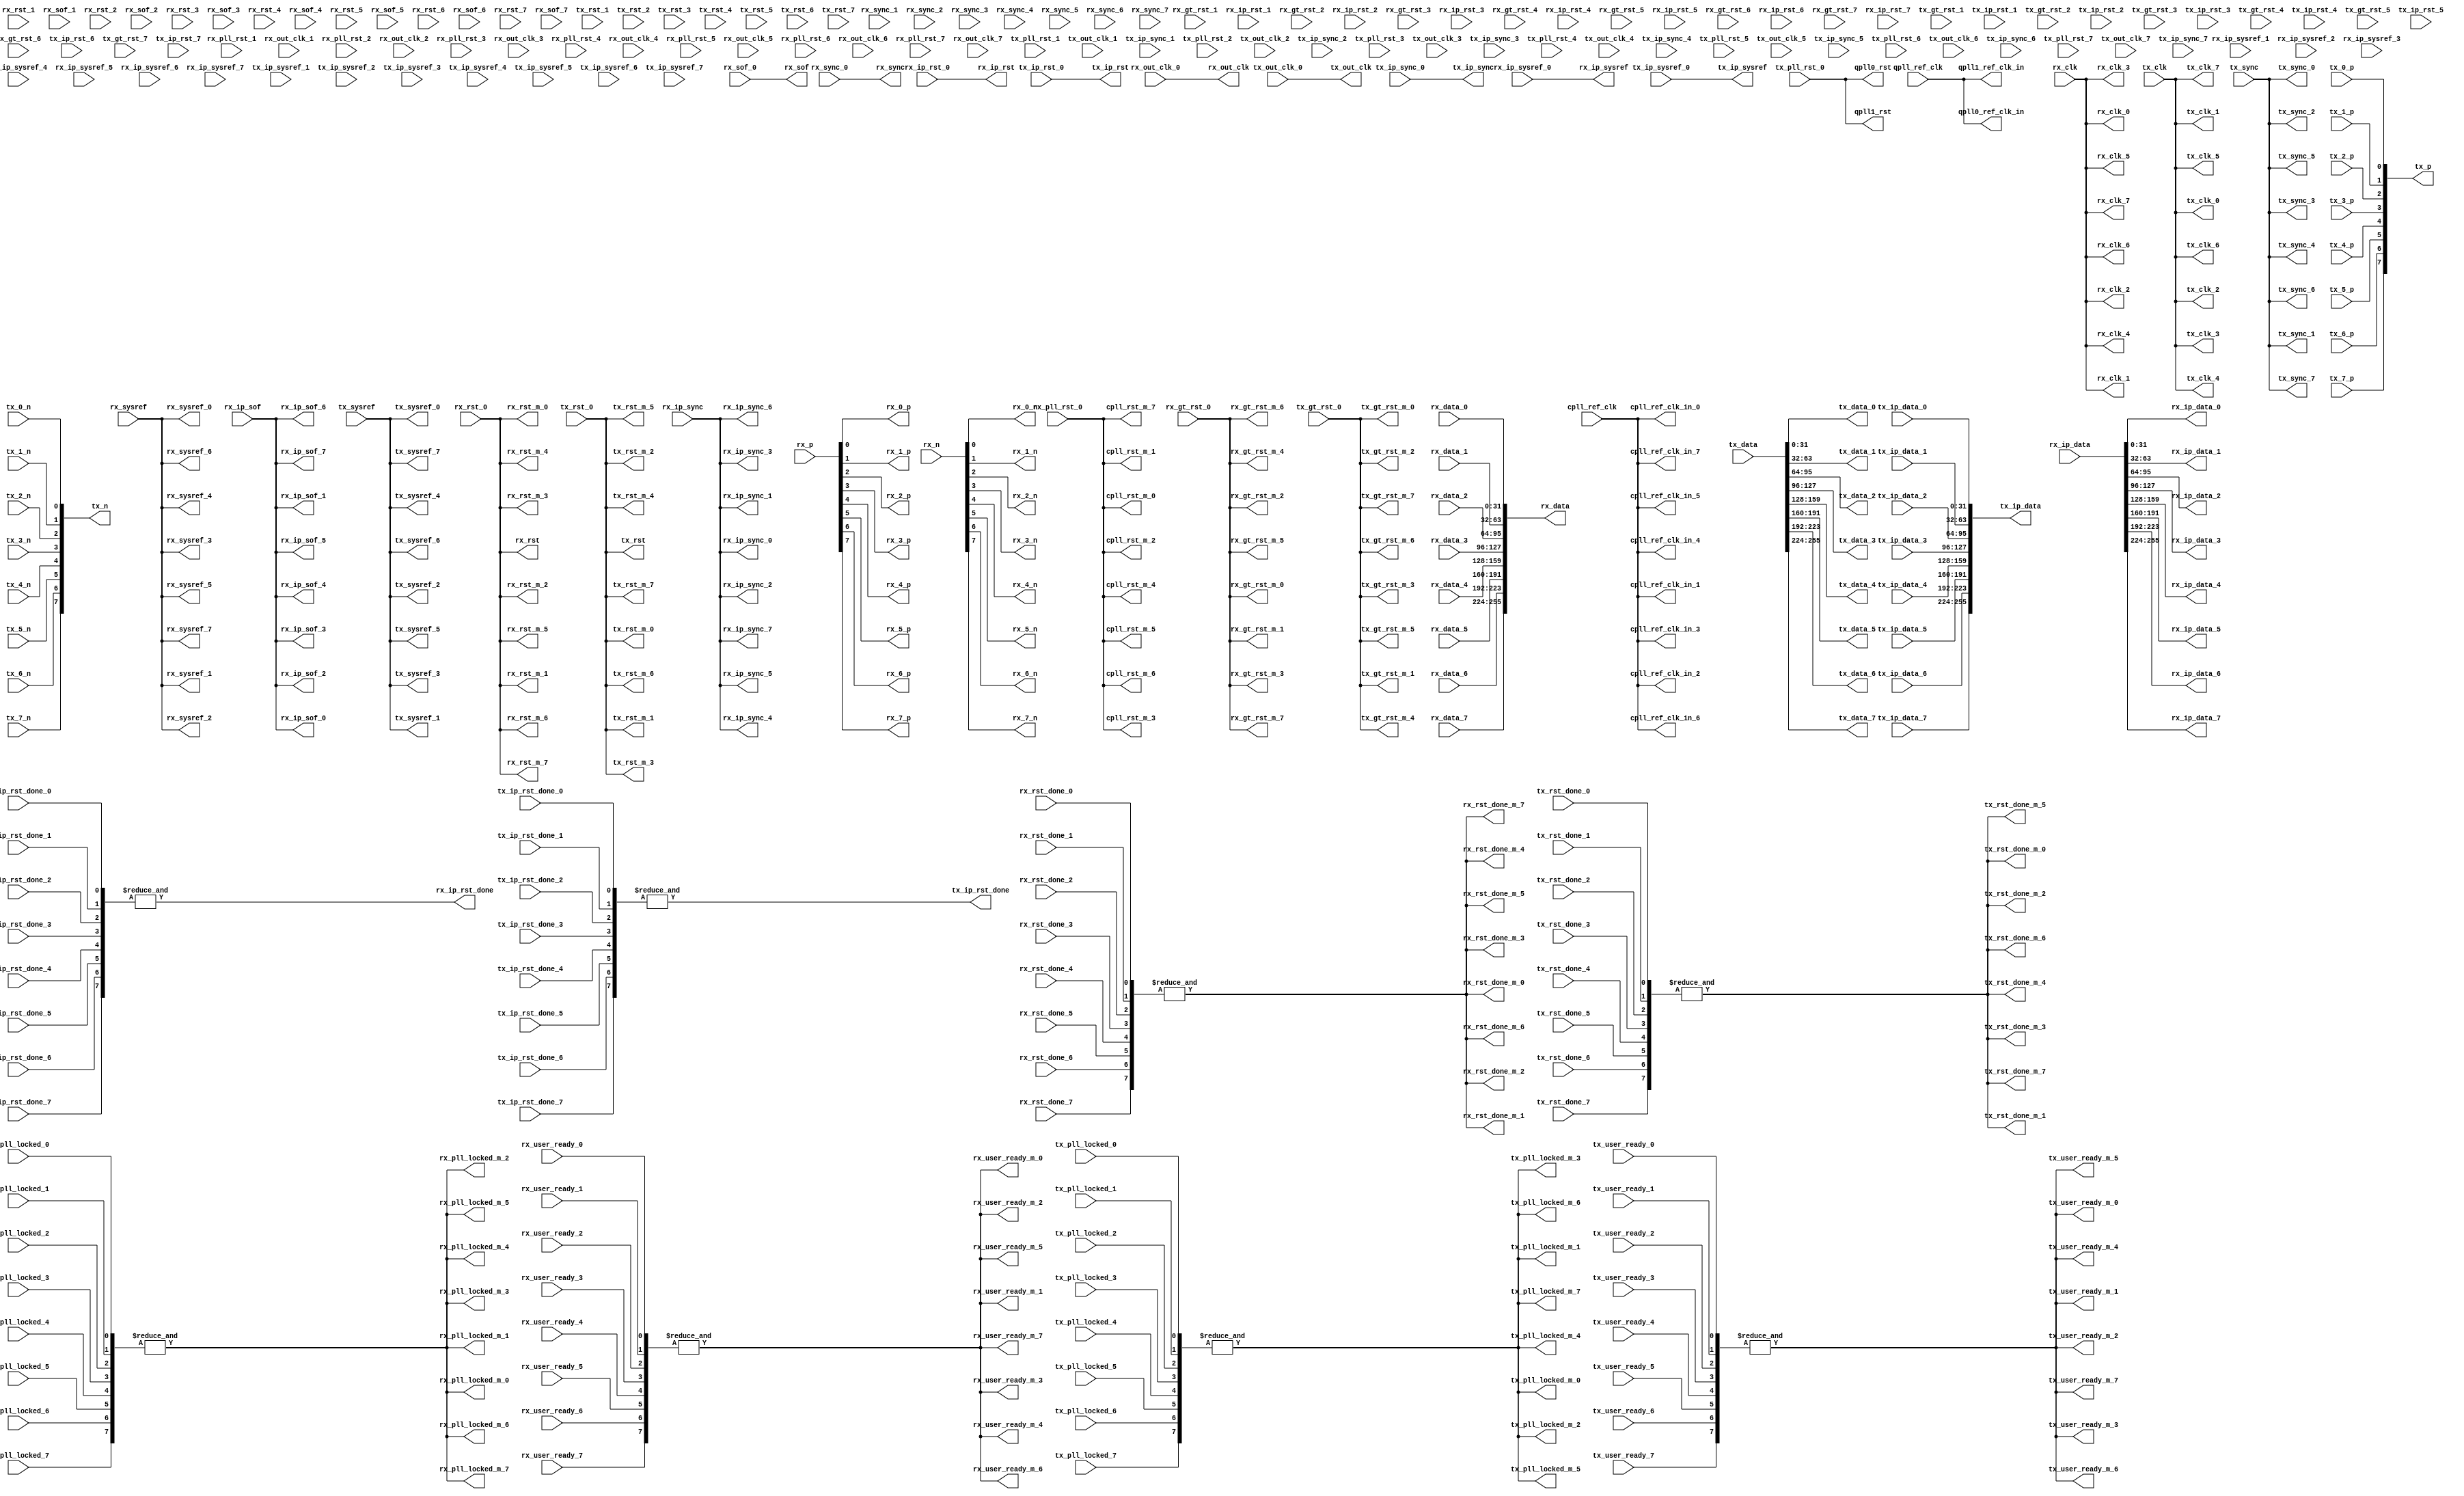
// ***************************************************************************
// ***************************************************************************
// Copyright 2011(c) Analog Devices, Inc.
// 
// All rights reserved.
// 
// Redistribution and use in source and binary forms, with or without modification,
// are permitted provided that the following conditions are met:
//     - Redistributions of source code must retain the above copyright
//       notice, this list of conditions and the following disclaimer.
//     - Redistributions in binary form must reproduce the above copyright
//       notice, this list of conditions and the following disclaimer in
//       the documentation and/or other materials provided with the
//       distribution.
//     - Neither the name of Analog Devices, Inc. nor the names of its
//       contributors may be used to endorse or promote products derived
//       from this software without specific prior written permission.
//     - The use of this software may or may not infringe the patent rights
//       of one or more patent holders.  This license does not release you
//       from the requirement that you obtain separate licenses from these
//       patent holders to use this software.
//     - Use of the software either in source or binary form, must be run
//       on or directly connected to an Analog Devices Inc. component.
//    
// THIS SOFTWARE IS PROVIDED BY ANALOG DEVICES "AS IS" AND ANY EXPRESS OR IMPLIED WARRANTIES,
// INCLUDING, BUT NOT LIMITED TO, NON-INFRINGEMENT, MERCHANTABILITY AND FITNESS FOR A
// PARTICULAR PURPOSE ARE DISCLAIMED.
//
// IN NO EVENT SHALL ANALOG DEVICES BE LIABLE FOR ANY DIRECT, INDIRECT, INCIDENTAL, SPECIAL,
// EXEMPLARY, OR CONSEQUENTIAL DAMAGES (INCLUDING, BUT NOT LIMITED TO, INTELLECTUAL PROPERTY
// RIGHTS, PROCUREMENT OF SUBSTITUTE GOODS OR SERVICES; LOSS OF USE, DATA, OR PROFITS; OR 
// BUSINESS INTERRUPTION) HOWEVER CAUSED AND ON ANY THEORY OF LIABILITY, WHETHER IN CONTRACT,
// STRICT LIABILITY, OR TORT (INCLUDING NEGLIGENCE OR OTHERWISE) ARISING IN ANY WAY OUT OF 
// THE USE OF THIS SOFTWARE, EVEN IF ADVISED OF THE POSSIBILITY OF SUCH DAMAGE.
// ***************************************************************************
// ***************************************************************************

`timescale 1ns/100ps

module util_jesd_gt #(

  parameter   integer QPLL0_ENABLE = 1,
  parameter   integer QPLL1_ENABLE = 1,
  parameter   integer QPLL_TX_OR_RX_N = 1,
  parameter   integer CPLL_TX_OR_RX_N = 0,
  parameter   integer NUM_OF_LANES = 8,
  parameter   integer RX_ENABLE = 1,
  parameter   integer RX_NUM_OF_LANES = 8,
  parameter   integer TX_ENABLE = 1,
  parameter   integer TX_NUM_OF_LANES = 8)

 (

  // pll clocks & resets

  input                                       qpll_ref_clk,
  input                                       cpll_ref_clk,

  output                                      qpll0_rst,
  output                                      qpll0_ref_clk_in,
  output                                      qpll1_rst,
  output                                      qpll1_ref_clk_in,

  output                                      cpll_rst_m_0,
  output                                      cpll_ref_clk_in_0,
  output                                      cpll_rst_m_1,
  output                                      cpll_ref_clk_in_1,
  output                                      cpll_rst_m_2,
  output                                      cpll_ref_clk_in_2,
  output                                      cpll_rst_m_3,
  output                                      cpll_ref_clk_in_3,
  output                                      cpll_rst_m_4,
  output                                      cpll_ref_clk_in_4,
  output                                      cpll_rst_m_5,
  output                                      cpll_ref_clk_in_5,
  output                                      cpll_rst_m_6,
  output                                      cpll_ref_clk_in_6,
  output                                      cpll_rst_m_7,
  output                                      cpll_ref_clk_in_7,

  // channel interface (rx)
  
  input   [((RX_NUM_OF_LANES* 1)-1):0]        rx_p,
  input   [((RX_NUM_OF_LANES* 1)-1):0]        rx_n,
  input                                       rx_sysref,
  output                                      rx_sync,

  output                                      rx_out_clk,
  input                                       rx_clk,
  output                                      rx_rst,
  output                                      rx_sof,
  output  [((RX_NUM_OF_LANES*32)-1):0]        rx_data,

  output                                      rx_ip_rst,
  output                                      rx_ip_rst_done,
  output                                      rx_ip_sysref,
  input                                       rx_ip_sync,
  input   [  3:0]                             rx_ip_sof,
  input   [((RX_NUM_OF_LANES*32)-1):0]        rx_ip_data,

  output                                      rx_0_p,
  output                                      rx_0_n,
  input                                       rx_rst_0,
  output                                      rx_rst_m_0,
  input                                       rx_pll_rst_0,
  input                                       rx_gt_rst_0,
  output                                      rx_gt_rst_m_0,
  input                                       rx_pll_locked_0,
  output                                      rx_pll_locked_m_0,
  input                                       rx_user_ready_0,
  output                                      rx_user_ready_m_0,
  input                                       rx_rst_done_0,
  output                                      rx_rst_done_m_0,
  input                                       rx_out_clk_0,
  output                                      rx_clk_0,
  output                                      rx_sysref_0,
  input                                       rx_sync_0,
  input                                       rx_sof_0,
  input   [31:0]                              rx_data_0,
  input                                       rx_ip_rst_0,
  output  [ 3:0]                              rx_ip_sof_0,
  output  [31:0]                              rx_ip_data_0,
  input                                       rx_ip_sysref_0,
  output                                      rx_ip_sync_0,
  input                                       rx_ip_rst_done_0,

  output                                      rx_1_p,
  output                                      rx_1_n,
  input                                       rx_rst_1,
  output                                      rx_rst_m_1,
  input                                       rx_pll_rst_1,
  input                                       rx_gt_rst_1,
  output                                      rx_gt_rst_m_1,
  input                                       rx_pll_locked_1,
  output                                      rx_pll_locked_m_1,
  input                                       rx_user_ready_1,
  output                                      rx_user_ready_m_1,
  input                                       rx_rst_done_1,
  output                                      rx_rst_done_m_1,
  input                                       rx_out_clk_1,
  output                                      rx_clk_1,
  output                                      rx_sysref_1,
  input                                       rx_sync_1,
  input                                       rx_sof_1,
  input   [31:0]                              rx_data_1,
  input                                       rx_ip_rst_1,
  output  [ 3:0]                              rx_ip_sof_1,
  output  [31:0]                              rx_ip_data_1,
  input                                       rx_ip_sysref_1,
  output                                      rx_ip_sync_1,
  input                                       rx_ip_rst_done_1,

  output                                      rx_2_p,
  output                                      rx_2_n,
  input                                       rx_rst_2,
  output                                      rx_rst_m_2,
  input                                       rx_pll_rst_2,
  input                                       rx_gt_rst_2,
  output                                      rx_gt_rst_m_2,
  input                                       rx_pll_locked_2,
  output                                      rx_pll_locked_m_2,
  input                                       rx_user_ready_2,
  output                                      rx_user_ready_m_2,
  input                                       rx_rst_done_2,
  output                                      rx_rst_done_m_2,
  input                                       rx_out_clk_2,
  output                                      rx_clk_2,
  output                                      rx_sysref_2,
  input                                       rx_sync_2,
  input                                       rx_sof_2,
  input   [31:0]                              rx_data_2,
  input                                       rx_ip_rst_2,
  output  [ 3:0]                              rx_ip_sof_2,
  output  [31:0]                              rx_ip_data_2,
  input                                       rx_ip_sysref_2,
  output                                      rx_ip_sync_2,
  input                                       rx_ip_rst_done_2,

  output                                      rx_3_p,
  output                                      rx_3_n,
  input                                       rx_rst_3,
  output                                      rx_rst_m_3,
  input                                       rx_pll_rst_3,
  input                                       rx_gt_rst_3,
  output                                      rx_gt_rst_m_3,
  input                                       rx_pll_locked_3,
  output                                      rx_pll_locked_m_3,
  input                                       rx_user_ready_3,
  output                                      rx_user_ready_m_3,
  input                                       rx_rst_done_3,
  output                                      rx_rst_done_m_3,
  input                                       rx_out_clk_3,
  output                                      rx_clk_3,
  output                                      rx_sysref_3,
  input                                       rx_sync_3,
  input                                       rx_sof_3,
  input   [31:0]                              rx_data_3,
  input                                       rx_ip_rst_3,
  output  [ 3:0]                              rx_ip_sof_3,
  output  [31:0]                              rx_ip_data_3,
  input                                       rx_ip_sysref_3,
  output                                      rx_ip_sync_3,
  input                                       rx_ip_rst_done_3,

  output                                      rx_4_p,
  output                                      rx_4_n,
  input                                       rx_rst_4,
  output                                      rx_rst_m_4,
  input                                       rx_pll_rst_4,
  input                                       rx_gt_rst_4,
  output                                      rx_gt_rst_m_4,
  input                                       rx_pll_locked_4,
  output                                      rx_pll_locked_m_4,
  input                                       rx_user_ready_4,
  output                                      rx_user_ready_m_4,
  input                                       rx_rst_done_4,
  output                                      rx_rst_done_m_4,
  input                                       rx_out_clk_4,
  output                                      rx_clk_4,
  output                                      rx_sysref_4,
  input                                       rx_sync_4,
  input                                       rx_sof_4,
  input   [31:0]                              rx_data_4,
  input                                       rx_ip_rst_4,
  output  [ 3:0]                              rx_ip_sof_4,
  output  [31:0]                              rx_ip_data_4,
  input                                       rx_ip_sysref_4,
  output                                      rx_ip_sync_4,
  input                                       rx_ip_rst_done_4,

  output                                      rx_5_p,
  output                                      rx_5_n,
  input                                       rx_rst_5,
  output                                      rx_rst_m_5,
  input                                       rx_pll_rst_5,
  input                                       rx_gt_rst_5,
  output                                      rx_gt_rst_m_5,
  input                                       rx_pll_locked_5,
  output                                      rx_pll_locked_m_5,
  input                                       rx_user_ready_5,
  output                                      rx_user_ready_m_5,
  input                                       rx_rst_done_5,
  output                                      rx_rst_done_m_5,
  input                                       rx_out_clk_5,
  output                                      rx_clk_5,
  output                                      rx_sysref_5,
  input                                       rx_sync_5,
  input                                       rx_sof_5,
  input   [31:0]                              rx_data_5,
  input                                       rx_ip_rst_5,
  output  [ 3:0]                              rx_ip_sof_5,
  output  [31:0]                              rx_ip_data_5,
  input                                       rx_ip_sysref_5,
  output                                      rx_ip_sync_5,
  input                                       rx_ip_rst_done_5,

  output                                      rx_6_p,
  output                                      rx_6_n,
  input                                       rx_rst_6,
  output                                      rx_rst_m_6,
  input                                       rx_pll_rst_6,
  input                                       rx_gt_rst_6,
  output                                      rx_gt_rst_m_6,
  input                                       rx_pll_locked_6,
  output                                      rx_pll_locked_m_6,
  input                                       rx_user_ready_6,
  output                                      rx_user_ready_m_6,
  input                                       rx_rst_done_6,
  output                                      rx_rst_done_m_6,
  input                                       rx_out_clk_6,
  output                                      rx_clk_6,
  output                                      rx_sysref_6,
  input                                       rx_sync_6,
  input                                       rx_sof_6,
  input   [31:0]                              rx_data_6,
  input                                       rx_ip_rst_6,
  output  [ 3:0]                              rx_ip_sof_6,
  output  [31:0]                              rx_ip_data_6,
  input                                       rx_ip_sysref_6,
  output                                      rx_ip_sync_6,
  input                                       rx_ip_rst_done_6,

  output                                      rx_7_p,
  output                                      rx_7_n,
  input                                       rx_rst_7,
  output                                      rx_rst_m_7,
  input                                       rx_pll_rst_7,
  input                                       rx_gt_rst_7,
  output                                      rx_gt_rst_m_7,
  input                                       rx_pll_locked_7,
  output                                      rx_pll_locked_m_7,
  input                                       rx_user_ready_7,
  output                                      rx_user_ready_m_7,
  input                                       rx_rst_done_7,
  output                                      rx_rst_done_m_7,
  input                                       rx_out_clk_7,
  output                                      rx_clk_7,
  output                                      rx_sysref_7,
  input                                       rx_sync_7,
  input                                       rx_sof_7,
  input   [31:0]                              rx_data_7,
  input                                       rx_ip_rst_7,
  output  [ 3:0]                              rx_ip_sof_7,
  output  [31:0]                              rx_ip_data_7,
  input                                       rx_ip_sysref_7,
  output                                      rx_ip_sync_7,
  input                                       rx_ip_rst_done_7,

  // channel interface (tx)

  output  [((TX_NUM_OF_LANES* 1)-1):0]        tx_p,
  output  [((TX_NUM_OF_LANES* 1)-1):0]        tx_n,
  input                                       tx_sysref,
  input                                       tx_sync,

  output                                      tx_out_clk,
  input                                       tx_clk,
  output                                      tx_rst,
  input   [((TX_NUM_OF_LANES*32)-1):0]        tx_data,

  output                                      tx_ip_rst,
  output                                      tx_ip_rst_done,
  output                                      tx_ip_sysref,
  output                                      tx_ip_sync,
  output  [((TX_NUM_OF_LANES*32)-1):0]        tx_ip_data,

  input                                       tx_0_p,
  input                                       tx_0_n,
  input                                       tx_rst_0,
  output                                      tx_rst_m_0,
  input                                       tx_pll_rst_0,
  input                                       tx_gt_rst_0,
  output                                      tx_gt_rst_m_0,
  input                                       tx_pll_locked_0,
  output                                      tx_pll_locked_m_0,
  input                                       tx_user_ready_0,
  output                                      tx_user_ready_m_0,
  input                                       tx_rst_done_0,
  output                                      tx_rst_done_m_0,
  input                                       tx_out_clk_0,
  output                                      tx_clk_0,
  output                                      tx_sysref_0,
  output                                      tx_sync_0,
  output  [31:0]                              tx_data_0,
  input                                       tx_ip_rst_0,
  input   [31:0]                              tx_ip_data_0,
  input                                       tx_ip_sysref_0,
  input                                       tx_ip_sync_0,
  input                                       tx_ip_rst_done_0,

  input                                       tx_1_p,
  input                                       tx_1_n,
  input                                       tx_rst_1,
  output                                      tx_rst_m_1,
  input                                       tx_pll_rst_1,
  input                                       tx_gt_rst_1,
  output                                      tx_gt_rst_m_1,
  input                                       tx_pll_locked_1,
  output                                      tx_pll_locked_m_1,
  input                                       tx_user_ready_1,
  output                                      tx_user_ready_m_1,
  input                                       tx_rst_done_1,
  output                                      tx_rst_done_m_1,
  input                                       tx_out_clk_1,
  output                                      tx_clk_1,
  output                                      tx_sysref_1,
  output                                      tx_sync_1,
  output  [31:0]                              tx_data_1,
  input                                       tx_ip_rst_1,
  input   [31:0]                              tx_ip_data_1,
  input                                       tx_ip_sysref_1,
  input                                       tx_ip_sync_1,
  input                                       tx_ip_rst_done_1,

  input                                       tx_2_p,
  input                                       tx_2_n,
  input                                       tx_rst_2,
  output                                      tx_rst_m_2,
  input                                       tx_pll_rst_2,
  input                                       tx_gt_rst_2,
  output                                      tx_gt_rst_m_2,
  input                                       tx_pll_locked_2,
  output                                      tx_pll_locked_m_2,
  input                                       tx_user_ready_2,
  output                                      tx_user_ready_m_2,
  input                                       tx_rst_done_2,
  output                                      tx_rst_done_m_2,
  input                                       tx_out_clk_2,
  output                                      tx_clk_2,
  output                                      tx_sysref_2,
  output                                      tx_sync_2,
  output  [31:0]                              tx_data_2,
  input                                       tx_ip_rst_2,
  input   [31:0]                              tx_ip_data_2,
  input                                       tx_ip_sysref_2,
  input                                       tx_ip_sync_2,
  input                                       tx_ip_rst_done_2,

  input                                       tx_3_p,
  input                                       tx_3_n,
  input                                       tx_rst_3,
  output                                      tx_rst_m_3,
  input                                       tx_pll_rst_3,
  input                                       tx_gt_rst_3,
  output                                      tx_gt_rst_m_3,
  input                                       tx_pll_locked_3,
  output                                      tx_pll_locked_m_3,
  input                                       tx_user_ready_3,
  output                                      tx_user_ready_m_3,
  input                                       tx_rst_done_3,
  output                                      tx_rst_done_m_3,
  input                                       tx_out_clk_3,
  output                                      tx_clk_3,
  output                                      tx_sysref_3,
  output                                      tx_sync_3,
  output  [31:0]                              tx_data_3,
  input                                       tx_ip_rst_3,
  input   [31:0]                              tx_ip_data_3,
  input                                       tx_ip_sysref_3,
  input                                       tx_ip_sync_3,
  input                                       tx_ip_rst_done_3,

  input                                       tx_4_p,
  input                                       tx_4_n,
  input                                       tx_rst_4,
  output                                      tx_rst_m_4,
  input                                       tx_pll_rst_4,
  input                                       tx_gt_rst_4,
  output                                      tx_gt_rst_m_4,
  input                                       tx_pll_locked_4,
  output                                      tx_pll_locked_m_4,
  input                                       tx_user_ready_4,
  output                                      tx_user_ready_m_4,
  input                                       tx_rst_done_4,
  output                                      tx_rst_done_m_4,
  input                                       tx_out_clk_4,
  output                                      tx_clk_4,
  output                                      tx_sysref_4,
  output                                      tx_sync_4,
  output  [31:0]                              tx_data_4,
  input                                       tx_ip_rst_4,
  input   [31:0]                              tx_ip_data_4,
  input                                       tx_ip_sysref_4,
  input                                       tx_ip_sync_4,
  input                                       tx_ip_rst_done_4,

  input                                       tx_5_p,
  input                                       tx_5_n,
  input                                       tx_rst_5,
  output                                      tx_rst_m_5,
  input                                       tx_pll_rst_5,
  input                                       tx_gt_rst_5,
  output                                      tx_gt_rst_m_5,
  input                                       tx_pll_locked_5,
  output                                      tx_pll_locked_m_5,
  input                                       tx_user_ready_5,
  output                                      tx_user_ready_m_5,
  input                                       tx_rst_done_5,
  output                                      tx_rst_done_m_5,
  input                                       tx_out_clk_5,
  output                                      tx_clk_5,
  output                                      tx_sysref_5,
  output                                      tx_sync_5,
  output  [31:0]                              tx_data_5,
  input                                       tx_ip_rst_5,
  input   [31:0]                              tx_ip_data_5,
  input                                       tx_ip_sysref_5,
  input                                       tx_ip_sync_5,
  input                                       tx_ip_rst_done_5,

  input                                       tx_6_p,
  input                                       tx_6_n,
  input                                       tx_rst_6,
  output                                      tx_rst_m_6,
  input                                       tx_pll_rst_6,
  input                                       tx_gt_rst_6,
  output                                      tx_gt_rst_m_6,
  input                                       tx_pll_locked_6,
  output                                      tx_pll_locked_m_6,
  input                                       tx_user_ready_6,
  output                                      tx_user_ready_m_6,
  input                                       tx_rst_done_6,
  output                                      tx_rst_done_m_6,
  input                                       tx_out_clk_6,
  output                                      tx_clk_6,
  output                                      tx_sysref_6,
  output                                      tx_sync_6,
  output  [31:0]                              tx_data_6,
  input                                       tx_ip_rst_6,
  input   [31:0]                              tx_ip_data_6,
  input                                       tx_ip_sysref_6,
  input                                       tx_ip_sync_6,
  input                                       tx_ip_rst_done_6,

  input                                       tx_7_p,
  input                                       tx_7_n,
  input                                       tx_rst_7,
  output                                      tx_rst_m_7,
  input                                       tx_pll_rst_7,
  input                                       tx_gt_rst_7,
  output                                      tx_gt_rst_m_7,
  input                                       tx_pll_locked_7,
  output                                      tx_pll_locked_m_7,
  input                                       tx_user_ready_7,
  output                                      tx_user_ready_m_7,
  input                                       tx_rst_done_7,
  output                                      tx_rst_done_m_7,
  input                                       tx_out_clk_7,
  output                                      tx_clk_7,
  output                                      tx_sysref_7,
  output                                      tx_sync_7,
  output  [31:0]                              tx_data_7,
  input                                       tx_ip_rst_7,
  input   [31:0]                              tx_ip_data_7,
  input                                       tx_ip_sysref_7,
  input                                       tx_ip_sync_7,
  input                                       tx_ip_rst_done_7);

  // internal signals

  wire    [(( 1*8)-1):0]                      rx_all_p;
  wire    [(( 1*8)-1):0]                      rx_all_n;
  wire    [(( 1*8)-1):0]                      rx_pll_locked_all;
  wire    [(( 1*8)-1):0]                      rx_user_ready_all;
  wire    [(( 1*8)-1):0]                      rx_rst_done_all;
  wire    [(( 1*8)-1):0]                      rx_ip_rst_done_all;
  wire    [((32*8)-1):0]                      rx_data_all;
  wire    [((32*8)-1):0]                      rx_ip_data_all;
  wire    [(( 1*8)-1):0]                      tx_all_p;
  wire    [(( 1*8)-1):0]                      tx_all_n;
  wire    [(( 1*8)-1):0]                      tx_pll_locked_all;
  wire    [(( 1*8)-1):0]                      tx_user_ready_all;
  wire    [(( 1*8)-1):0]                      tx_rst_done_all;
  wire    [(( 1*8)-1):0]                      tx_ip_rst_done_all;
  wire    [((32*8)-1):0]                      tx_ip_data_all;
  wire    [((32*8)-1):0]                      tx_data_all;

  // pll clocks & resets

  assign qpll0_rst = (QPLL_TX_OR_RX_N == 1) ? tx_pll_rst_0 : rx_pll_rst_0;
  assign qpll0_ref_clk_in = qpll_ref_clk;
  assign qpll1_rst = (QPLL_TX_OR_RX_N == 1) ? tx_pll_rst_0 : rx_pll_rst_0;
  assign qpll1_ref_clk_in = qpll_ref_clk;
  assign cpll_rst_m_0 = (CPLL_TX_OR_RX_N == 1) ? tx_pll_rst_0 : rx_pll_rst_0;
  assign cpll_ref_clk_in_0 = cpll_ref_clk;
  assign cpll_rst_m_1 = (CPLL_TX_OR_RX_N == 1) ? tx_pll_rst_0 : rx_pll_rst_0;
  assign cpll_ref_clk_in_1 = cpll_ref_clk;
  assign cpll_rst_m_2 = (CPLL_TX_OR_RX_N == 1) ? tx_pll_rst_0 : rx_pll_rst_0;
  assign cpll_ref_clk_in_2 = cpll_ref_clk;
  assign cpll_rst_m_3 = (CPLL_TX_OR_RX_N == 1) ? tx_pll_rst_0 : rx_pll_rst_0;
  assign cpll_ref_clk_in_3 = cpll_ref_clk;
  assign cpll_rst_m_4 = (CPLL_TX_OR_RX_N == 1) ? tx_pll_rst_0 : rx_pll_rst_0;
  assign cpll_ref_clk_in_4 = cpll_ref_clk;
  assign cpll_rst_m_5 = (CPLL_TX_OR_RX_N == 1) ? tx_pll_rst_0 : rx_pll_rst_0;
  assign cpll_ref_clk_in_5 = cpll_ref_clk;
  assign cpll_rst_m_6 = (CPLL_TX_OR_RX_N == 1) ? tx_pll_rst_0 : rx_pll_rst_0;
  assign cpll_ref_clk_in_6 = cpll_ref_clk;
  assign cpll_rst_m_7 = (CPLL_TX_OR_RX_N == 1) ? tx_pll_rst_0 : rx_pll_rst_0;
  assign cpll_ref_clk_in_7 = cpll_ref_clk;

  // channel interface (rx)

  generate
  if (RX_NUM_OF_LANES < 8) begin
  assign rx_all_p[((8* 1)-1):(RX_NUM_OF_LANES* 1)] = 'd0;
  assign rx_all_n[((8* 1)-1):(RX_NUM_OF_LANES* 1)] = 'd0;
  end
  endgenerate

  assign rx_all_p[((RX_NUM_OF_LANES* 1)-1):0] = rx_p;
  assign rx_all_n[((RX_NUM_OF_LANES* 1)-1):0] = rx_n;

  assign rx_pll_locked_all[0] = (RX_NUM_OF_LANES >= 1) ? rx_pll_locked_0 : 1'b1;
  assign rx_user_ready_all[0] = (RX_NUM_OF_LANES >= 1) ? rx_user_ready_0 : 1'b1;
  assign rx_rst_done_all[0] = (RX_NUM_OF_LANES >= 1) ? rx_rst_done_0 : 1'b1;
  assign rx_ip_rst_done_all[0] = (RX_NUM_OF_LANES >= 1) ? rx_ip_rst_done_0 : 1'b1;
  assign rx_data_all[((32*0)+31):(32*0)] = rx_data_0;

  assign rx_pll_locked_all[1] = (RX_NUM_OF_LANES >= 2) ? rx_pll_locked_1 : 1'b1;
  assign rx_user_ready_all[1] = (RX_NUM_OF_LANES >= 2) ? rx_user_ready_1 : 1'b1;
  assign rx_rst_done_all[1] = (RX_NUM_OF_LANES >= 2) ? rx_rst_done_1 : 1'b1;
  assign rx_ip_rst_done_all[1] = (RX_NUM_OF_LANES >= 2) ? rx_ip_rst_done_1 : 1'b1;
  assign rx_data_all[((32*1)+31):(32*1)] = rx_data_1;

  assign rx_pll_locked_all[2] = (RX_NUM_OF_LANES >= 3) ? rx_pll_locked_2 : 1'b1;
  assign rx_user_ready_all[2] = (RX_NUM_OF_LANES >= 3) ? rx_user_ready_2 : 1'b1;
  assign rx_rst_done_all[2] = (RX_NUM_OF_LANES >= 3) ? rx_rst_done_2 : 1'b1;
  assign rx_ip_rst_done_all[2] = (RX_NUM_OF_LANES >= 3) ? rx_ip_rst_done_2 : 1'b1;
  assign rx_data_all[((32*2)+31):(32*2)] = rx_data_2;

  assign rx_pll_locked_all[3] = (RX_NUM_OF_LANES >= 4) ? rx_pll_locked_3 : 1'b1;
  assign rx_user_ready_all[3] = (RX_NUM_OF_LANES >= 4) ? rx_user_ready_3 : 1'b1;
  assign rx_rst_done_all[3] = (RX_NUM_OF_LANES >= 4) ? rx_rst_done_3 : 1'b1;
  assign rx_ip_rst_done_all[3] = (RX_NUM_OF_LANES >= 4) ? rx_ip_rst_done_3 : 1'b1;
  assign rx_data_all[((32*3)+31):(32*3)] = rx_data_3;

  assign rx_pll_locked_all[4] = (RX_NUM_OF_LANES >= 5) ? rx_pll_locked_4 : 1'b1;
  assign rx_user_ready_all[4] = (RX_NUM_OF_LANES >= 5) ? rx_user_ready_4 : 1'b1;
  assign rx_rst_done_all[4] = (RX_NUM_OF_LANES >= 5) ? rx_rst_done_4 : 1'b1;
  assign rx_ip_rst_done_all[4] = (RX_NUM_OF_LANES >= 5) ? rx_ip_rst_done_4 : 1'b1;
  assign rx_data_all[((32*4)+31):(32*4)] = rx_data_4;

  assign rx_pll_locked_all[5] = (RX_NUM_OF_LANES >= 6) ? rx_pll_locked_5 : 1'b1;
  assign rx_user_ready_all[5] = (RX_NUM_OF_LANES >= 6) ? rx_user_ready_5 : 1'b1;
  assign rx_rst_done_all[5] = (RX_NUM_OF_LANES >= 6) ? rx_rst_done_5 : 1'b1;
  assign rx_ip_rst_done_all[5] = (RX_NUM_OF_LANES >= 6) ? rx_ip_rst_done_5 : 1'b1;
  assign rx_data_all[((32*5)+31):(32*5)] = rx_data_5;

  assign rx_pll_locked_all[6] = (RX_NUM_OF_LANES >= 7) ? rx_pll_locked_6 : 1'b1;
  assign rx_user_ready_all[6] = (RX_NUM_OF_LANES >= 7) ? rx_user_ready_6 : 1'b1;
  assign rx_rst_done_all[6] = (RX_NUM_OF_LANES >= 7) ? rx_rst_done_6 : 1'b1;
  assign rx_ip_rst_done_all[6] = (RX_NUM_OF_LANES >= 7) ? rx_ip_rst_done_6 : 1'b1;
  assign rx_data_all[((32*6)+31):(32*6)] = rx_data_6;

  assign rx_pll_locked_all[7] = (RX_NUM_OF_LANES >= 8) ? rx_pll_locked_7 : 1'b1;
  assign rx_user_ready_all[7] = (RX_NUM_OF_LANES >= 8) ? rx_user_ready_7 : 1'b1;
  assign rx_rst_done_all[7] = (RX_NUM_OF_LANES >= 8) ? rx_rst_done_7 : 1'b1;
  assign rx_ip_rst_done_all[7] = (RX_NUM_OF_LANES >= 8) ? rx_ip_rst_done_7 : 1'b1;
  assign rx_data_all[((32*7)+31):(32*7)] = rx_data_7;

  generate
  if (RX_NUM_OF_LANES < 8) begin
  assign rx_ip_data_all[((8*32)-1):(RX_NUM_OF_LANES*32)] = 'd0;
  end
  endgenerate

  assign rx_ip_data_all[((RX_NUM_OF_LANES*32)-1):0] = rx_ip_data;

  assign rx_sync = rx_sync_0;

  assign rx_out_clk = rx_out_clk_0;
  assign rx_rst = rx_rst_0;
  assign rx_sof = rx_sof_0;
  assign rx_data = rx_data_all[((RX_NUM_OF_LANES*32)-1):0];

  assign rx_ip_rst = rx_ip_rst_0;
  assign rx_ip_rst_done = & rx_ip_rst_done_all;
  assign rx_ip_sysref = rx_ip_sysref_0;

  assign rx_0_p = rx_all_p[0];
  assign rx_0_n = rx_all_n[0];
  assign rx_rst_m_0 = rx_rst_0;
  assign rx_gt_rst_m_0 = rx_gt_rst_0;
  assign rx_pll_locked_m_0 = & rx_pll_locked_all;
  assign rx_user_ready_m_0 = & rx_user_ready_all;
  assign rx_rst_done_m_0 = & rx_rst_done_all;
  assign rx_clk_0 = rx_clk;
  assign rx_sysref_0 = rx_sysref;
  assign rx_ip_sof_0 = rx_ip_sof;
  assign rx_ip_data_0 = rx_ip_data_all[((32*0)+31):(32*0)];
  assign rx_ip_sync_0 = rx_ip_sync;

  assign rx_1_p = rx_all_p[1];
  assign rx_1_n = rx_all_n[1];
  assign rx_rst_m_1 = rx_rst_0;
  assign rx_gt_rst_m_1 = rx_gt_rst_0;
  assign rx_pll_locked_m_1 = & rx_pll_locked_all;
  assign rx_user_ready_m_1 = & rx_user_ready_all;
  assign rx_rst_done_m_1 = & rx_rst_done_all;
  assign rx_clk_1 = rx_clk;
  assign rx_sysref_1 = rx_sysref;
  assign rx_ip_sof_1 = rx_ip_sof;
  assign rx_ip_data_1 = rx_ip_data_all[((32*1)+31):(32*1)];
  assign rx_ip_sync_1 = rx_ip_sync;

  assign rx_2_p = rx_all_p[2];
  assign rx_2_n = rx_all_n[2];
  assign rx_rst_m_2 = rx_rst_0;
  assign rx_gt_rst_m_2 = rx_gt_rst_0;
  assign rx_pll_locked_m_2 = & rx_pll_locked_all;
  assign rx_user_ready_m_2 = & rx_user_ready_all;
  assign rx_rst_done_m_2 = & rx_rst_done_all;
  assign rx_clk_2 = rx_clk;
  assign rx_sysref_2 = rx_sysref;
  assign rx_ip_sof_2 = rx_ip_sof;
  assign rx_ip_data_2 = rx_ip_data_all[((32*2)+31):(32*2)];
  assign rx_ip_sync_2 = rx_ip_sync;

  assign rx_3_p = rx_all_p[3];
  assign rx_3_n = rx_all_n[3];
  assign rx_rst_m_3 = rx_rst_0;
  assign rx_gt_rst_m_3 = rx_gt_rst_0;
  assign rx_pll_locked_m_3 = & rx_pll_locked_all;
  assign rx_user_ready_m_3 = & rx_user_ready_all;
  assign rx_rst_done_m_3 = & rx_rst_done_all;
  assign rx_clk_3 = rx_clk;
  assign rx_sysref_3 = rx_sysref;
  assign rx_ip_sof_3 = rx_ip_sof;
  assign rx_ip_data_3 = rx_ip_data_all[((32*3)+31):(32*3)];
  assign rx_ip_sync_3 = rx_ip_sync;

  assign rx_4_p = rx_all_p[4];
  assign rx_4_n = rx_all_n[4];
  assign rx_rst_m_4 = rx_rst_0;
  assign rx_gt_rst_m_4 = rx_gt_rst_0;
  assign rx_pll_locked_m_4 = & rx_pll_locked_all;
  assign rx_user_ready_m_4 = & rx_user_ready_all;
  assign rx_rst_done_m_4 = & rx_rst_done_all;
  assign rx_clk_4 = rx_clk;
  assign rx_sysref_4 = rx_sysref;
  assign rx_ip_sof_4 = rx_ip_sof;
  assign rx_ip_data_4 = rx_ip_data_all[((32*4)+31):(32*4)];
  assign rx_ip_sync_4 = rx_ip_sync;

  assign rx_5_p = rx_all_p[5];
  assign rx_5_n = rx_all_n[5];
  assign rx_rst_m_5 = rx_rst_0;
  assign rx_gt_rst_m_5 = rx_gt_rst_0;
  assign rx_pll_locked_m_5 = & rx_pll_locked_all;
  assign rx_user_ready_m_5 = & rx_user_ready_all;
  assign rx_rst_done_m_5 = & rx_rst_done_all;
  assign rx_clk_5 = rx_clk;
  assign rx_sysref_5 = rx_sysref;
  assign rx_ip_sof_5 = rx_ip_sof;
  assign rx_ip_data_5 = rx_ip_data_all[((32*5)+31):(32*5)];
  assign rx_ip_sync_5 = rx_ip_sync;

  assign rx_6_p = rx_all_p[6];
  assign rx_6_n = rx_all_n[6];
  assign rx_rst_m_6 = rx_rst_0;
  assign rx_gt_rst_m_6 = rx_gt_rst_0;
  assign rx_pll_locked_m_6 = & rx_pll_locked_all;
  assign rx_user_ready_m_6 = & rx_user_ready_all;
  assign rx_rst_done_m_6 = & rx_rst_done_all;
  assign rx_clk_6 = rx_clk;
  assign rx_sysref_6 = rx_sysref;
  assign rx_ip_sof_6 = rx_ip_sof;
  assign rx_ip_data_6 = rx_ip_data_all[((32*6)+31):(32*6)];
  assign rx_ip_sync_6 = rx_ip_sync;

  assign rx_7_p = rx_all_p[7];
  assign rx_7_n = rx_all_n[7];
  assign rx_rst_m_7 = rx_rst_0;
  assign rx_gt_rst_m_7 = rx_gt_rst_0;
  assign rx_pll_locked_m_7 = & rx_pll_locked_all;
  assign rx_user_ready_m_7 = & rx_user_ready_all;
  assign rx_rst_done_m_7 = & rx_rst_done_all;
  assign rx_clk_7 = rx_clk;
  assign rx_sysref_7 = rx_sysref;
  assign rx_ip_sof_7 = rx_ip_sof;
  assign rx_ip_data_7 = rx_ip_data_all[((32*7)+31):(32*7)];
  assign rx_ip_sync_7 = rx_ip_sync;


  // channel interface (tx)

  assign tx_all_p[0] = tx_0_p;
  assign tx_all_n[0] = tx_0_n;
  assign tx_pll_locked_all[0] = (TX_NUM_OF_LANES >= 1) ? tx_pll_locked_0 : 1'b1;
  assign tx_user_ready_all[0] = (TX_NUM_OF_LANES >= 1) ? tx_user_ready_0 : 1'b1;
  assign tx_rst_done_all[0] = (TX_NUM_OF_LANES >= 1) ? tx_rst_done_0 : 1'b1;
  assign tx_ip_rst_done_all[0] = (TX_NUM_OF_LANES >= 1) ? tx_ip_rst_done_0 : 1'b1;
  assign tx_ip_data_all[((32*0)+31):(32*0)] = tx_ip_data_0;

  assign tx_all_p[1] = tx_1_p;
  assign tx_all_n[1] = tx_1_n;
  assign tx_pll_locked_all[1] = (TX_NUM_OF_LANES >= 2) ? tx_pll_locked_1 : 1'b1;
  assign tx_user_ready_all[1] = (TX_NUM_OF_LANES >= 2) ? tx_user_ready_1 : 1'b1;
  assign tx_rst_done_all[1] = (TX_NUM_OF_LANES >= 2) ? tx_rst_done_1 : 1'b1;
  assign tx_ip_rst_done_all[1] = (TX_NUM_OF_LANES >= 2) ? tx_ip_rst_done_1 : 1'b1;
  assign tx_ip_data_all[((32*1)+31):(32*1)] = tx_ip_data_1;

  assign tx_all_p[2] = tx_2_p;
  assign tx_all_n[2] = tx_2_n;
  assign tx_pll_locked_all[2] = (TX_NUM_OF_LANES >= 3) ? tx_pll_locked_2 : 1'b1;
  assign tx_user_ready_all[2] = (TX_NUM_OF_LANES >= 3) ? tx_user_ready_2 : 1'b1;
  assign tx_rst_done_all[2] = (TX_NUM_OF_LANES >= 3) ? tx_rst_done_2 : 1'b1;
  assign tx_ip_rst_done_all[2] = (TX_NUM_OF_LANES >= 3) ? tx_ip_rst_done_2 : 1'b1;
  assign tx_ip_data_all[((32*2)+31):(32*2)] = tx_ip_data_2;

  assign tx_all_p[3] = tx_3_p;
  assign tx_all_n[3] = tx_3_n;
  assign tx_pll_locked_all[3] = (TX_NUM_OF_LANES >= 4) ? tx_pll_locked_3 : 1'b1;
  assign tx_user_ready_all[3] = (TX_NUM_OF_LANES >= 4) ? tx_user_ready_3 : 1'b1;
  assign tx_rst_done_all[3] = (TX_NUM_OF_LANES >= 4) ? tx_rst_done_3 : 1'b1;
  assign tx_ip_rst_done_all[3] = (TX_NUM_OF_LANES >= 4) ? tx_ip_rst_done_3 : 1'b1;
  assign tx_ip_data_all[((32*3)+31):(32*3)] = tx_ip_data_3;

  assign tx_all_p[4] = tx_4_p;
  assign tx_all_n[4] = tx_4_n;
  assign tx_pll_locked_all[4] = (TX_NUM_OF_LANES >= 5) ? tx_pll_locked_4 : 1'b1;
  assign tx_user_ready_all[4] = (TX_NUM_OF_LANES >= 5) ? tx_user_ready_4 : 1'b1;
  assign tx_rst_done_all[4] = (TX_NUM_OF_LANES >= 5) ? tx_rst_done_4 : 1'b1;
  assign tx_ip_rst_done_all[4] = (TX_NUM_OF_LANES >= 5) ? tx_ip_rst_done_4 : 1'b1;
  assign tx_ip_data_all[((32*4)+31):(32*4)] = tx_ip_data_4;

  assign tx_all_p[5] = tx_5_p;
  assign tx_all_n[5] = tx_5_n;
  assign tx_pll_locked_all[5] = (TX_NUM_OF_LANES >= 6) ? tx_pll_locked_5 : 1'b1;
  assign tx_user_ready_all[5] = (TX_NUM_OF_LANES >= 6) ? tx_user_ready_5 : 1'b1;
  assign tx_rst_done_all[5] = (TX_NUM_OF_LANES >= 6) ? tx_rst_done_5 : 1'b1;
  assign tx_ip_rst_done_all[5] = (TX_NUM_OF_LANES >= 6) ? tx_ip_rst_done_5 : 1'b1;
  assign tx_ip_data_all[((32*5)+31):(32*5)] = tx_ip_data_5;

  assign tx_all_p[6] = tx_6_p;
  assign tx_all_n[6] = tx_6_n;
  assign tx_pll_locked_all[6] = (TX_NUM_OF_LANES >= 7) ? tx_pll_locked_6 : 1'b1;
  assign tx_user_ready_all[6] = (TX_NUM_OF_LANES >= 7) ? tx_user_ready_6 : 1'b1;
  assign tx_rst_done_all[6] = (TX_NUM_OF_LANES >= 7) ? tx_rst_done_6 : 1'b1;
  assign tx_ip_rst_done_all[6] = (TX_NUM_OF_LANES >= 7) ? tx_ip_rst_done_6 : 1'b1;
  assign tx_ip_data_all[((32*6)+31):(32*6)] = tx_ip_data_6;

  assign tx_all_p[7] = tx_7_p;
  assign tx_all_n[7] = tx_7_n;
  assign tx_pll_locked_all[7] = (TX_NUM_OF_LANES >= 8) ? tx_pll_locked_7 : 1'b1;
  assign tx_user_ready_all[7] = (TX_NUM_OF_LANES >= 8) ? tx_user_ready_7 : 1'b1;
  assign tx_rst_done_all[7] = (TX_NUM_OF_LANES >= 8) ? tx_rst_done_7 : 1'b1;
  assign tx_ip_rst_done_all[7] = (TX_NUM_OF_LANES >= 8) ? tx_ip_rst_done_7 : 1'b1;
  assign tx_ip_data_all[((32*7)+31):(32*7)] = tx_ip_data_7;

  generate
  if (TX_NUM_OF_LANES < 8) begin
  assign tx_data_all[((8*32)-1):(TX_NUM_OF_LANES*32)] = 'd0;
  end
  endgenerate

  assign tx_data_all[((TX_NUM_OF_LANES*32)-1):0] = tx_data;

  assign tx_p = tx_all_p[((TX_NUM_OF_LANES* 1)-1):0];
  assign tx_n = tx_all_n[((TX_NUM_OF_LANES* 1)-1):0];

  assign tx_out_clk = tx_out_clk_0;
  assign tx_rst = tx_rst_0;

  assign tx_ip_rst = tx_ip_rst_0;
  assign tx_ip_rst_done = & tx_ip_rst_done_all;
  assign tx_ip_sysref = tx_ip_sysref_0;
  assign tx_ip_sync = tx_ip_sync_0;
  assign tx_ip_data = tx_ip_data_all[((TX_NUM_OF_LANES*32)-1):0];

  assign tx_rst_m_0 = tx_rst_0;
  assign tx_gt_rst_m_0 = tx_gt_rst_0;
  assign tx_pll_locked_m_0 = & tx_pll_locked_all;
  assign tx_user_ready_m_0 = & tx_user_ready_all;
  assign tx_rst_done_m_0 = & tx_rst_done_all;
  assign tx_clk_0 = tx_clk;
  assign tx_sysref_0 = tx_sysref;
  assign tx_sync_0 = tx_sync;
  assign tx_data_0 = tx_data_all[((32*0)+31):(32*0)];

  assign tx_rst_m_1 = tx_rst_0;
  assign tx_gt_rst_m_1 = tx_gt_rst_0;
  assign tx_pll_locked_m_1 = & tx_pll_locked_all;
  assign tx_user_ready_m_1 = & tx_user_ready_all;
  assign tx_rst_done_m_1 = & tx_rst_done_all;
  assign tx_clk_1 = tx_clk;
  assign tx_sysref_1 = tx_sysref;
  assign tx_sync_1 = tx_sync;
  assign tx_data_1 = tx_data_all[((32*1)+31):(32*1)];

  assign tx_rst_m_2 = tx_rst_0;
  assign tx_gt_rst_m_2 = tx_gt_rst_0;
  assign tx_pll_locked_m_2 = & tx_pll_locked_all;
  assign tx_user_ready_m_2 = & tx_user_ready_all;
  assign tx_rst_done_m_2 = & tx_rst_done_all;
  assign tx_clk_2 = tx_clk;
  assign tx_sysref_2 = tx_sysref;
  assign tx_sync_2 = tx_sync;
  assign tx_data_2 = tx_data_all[((32*2)+31):(32*2)];

  assign tx_rst_m_3 = tx_rst_0;
  assign tx_gt_rst_m_3 = tx_gt_rst_0;
  assign tx_pll_locked_m_3 = & tx_pll_locked_all;
  assign tx_user_ready_m_3 = & tx_user_ready_all;
  assign tx_rst_done_m_3 = & tx_rst_done_all;
  assign tx_clk_3 = tx_clk;
  assign tx_sysref_3 = tx_sysref;
  assign tx_sync_3 = tx_sync;
  assign tx_data_3 = tx_data_all[((32*3)+31):(32*3)];

  assign tx_rst_m_4 = tx_rst_0;
  assign tx_gt_rst_m_4 = tx_gt_rst_0;
  assign tx_pll_locked_m_4 = & tx_pll_locked_all;
  assign tx_user_ready_m_4 = & tx_user_ready_all;
  assign tx_rst_done_m_4 = & tx_rst_done_all;
  assign tx_clk_4 = tx_clk;
  assign tx_sysref_4 = tx_sysref;
  assign tx_sync_4 = tx_sync;
  assign tx_data_4 = tx_data_all[((32*4)+31):(32*4)];

  assign tx_rst_m_5 = tx_rst_0;
  assign tx_gt_rst_m_5 = tx_gt_rst_0;
  assign tx_pll_locked_m_5 = & tx_pll_locked_all;
  assign tx_user_ready_m_5 = & tx_user_ready_all;
  assign tx_rst_done_m_5 = & tx_rst_done_all;
  assign tx_clk_5 = tx_clk;
  assign tx_sysref_5 = tx_sysref;
  assign tx_sync_5 = tx_sync;
  assign tx_data_5 = tx_data_all[((32*5)+31):(32*5)];

  assign tx_rst_m_6 = tx_rst_0;
  assign tx_gt_rst_m_6 = tx_gt_rst_0;
  assign tx_pll_locked_m_6 = & tx_pll_locked_all;
  assign tx_user_ready_m_6 = & tx_user_ready_all;
  assign tx_rst_done_m_6 = & tx_rst_done_all;
  assign tx_clk_6 = tx_clk;
  assign tx_sysref_6 = tx_sysref;
  assign tx_sync_6 = tx_sync;
  assign tx_data_6 = tx_data_all[((32*6)+31):(32*6)];

  assign tx_rst_m_7 = tx_rst_0;
  assign tx_gt_rst_m_7 = tx_gt_rst_0;
  assign tx_pll_locked_m_7 = & tx_pll_locked_all;
  assign tx_user_ready_m_7 = & tx_user_ready_all;
  assign tx_rst_done_m_7 = & tx_rst_done_all;
  assign tx_clk_7 = tx_clk;
  assign tx_sysref_7 = tx_sysref;
  assign tx_sync_7 = tx_sync;
  assign tx_data_7 = tx_data_all[((32*7)+31):(32*7)];

endmodule

// ***************************************************************************
// ***************************************************************************